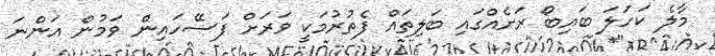
މާލެ ކަހަލަ ބައިބޯ ރަށެއްގައި ބަލިތައް ފެތުރުމަކީ ވަރަށް ފަސޭހައިން ވަމުން އަންނަ